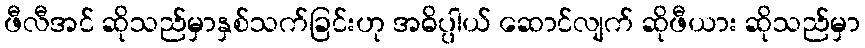
ဖီလီအင် ဆိုသည်မှာနှစ်သက်ခြင်းဟု အဓိပ္ပါယ် ဆောင်လျက် ဆိုဖီယား ဆိုသည်မှာ